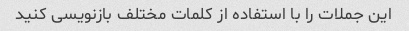
این جملات را با استفاده از کلمات مختلف بازنویسی کنید